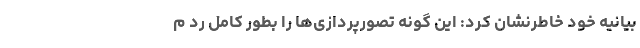
بیانیه خود خاطرنشان کرد: این گونه تصورپردازی‌ها را بطور کامل رد م